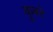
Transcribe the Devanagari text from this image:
कुबरे